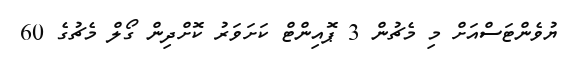
ޔުވެންޓަސްއަށް މި މެޗުން 3 ޕޮއިންޓް ކަށަވަރު ކޮށްދިން ގޯލް މެޗުގެ 60